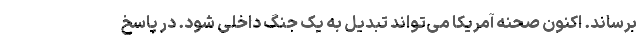
برساند. اکنون صحنه آمریکا می‌تواند تبدیل به یک جنگ داخلی شود. در پاسخ